Indian journal of veterinary science and animal husbandry - Volume 13,
Year: 1943
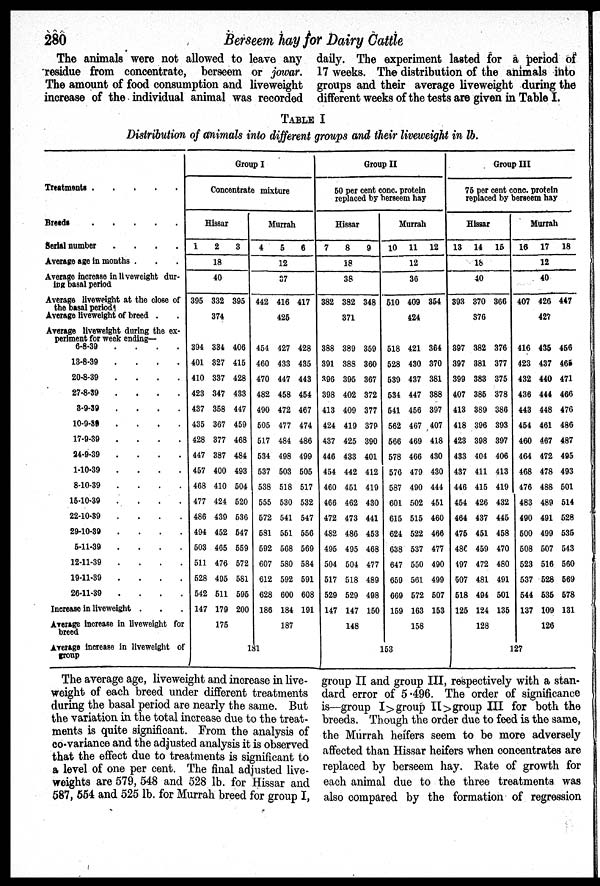
280
Berseem hay for Dairy Cattle
The animals were not allowed to leave any
residue from concentrate, berseem or jowar.
The amount of food consumption and liveweight
increase of the individual animal was recorded
daily. The experiment lasted for a period of
17 weeks. The distribution of the animals into
groups and their average liveweight during the
different weeks of the tests are given in Table I.
TABLE I
Distribution of animals into different groups and their liveweight in lb.
Treatments . . . . . .
Breeds . . . . . .
Serial number
.
.
.
.
Average age in months . . .
Average increase in liveweight dur-
ing basal period
Average liveweight at the close of
the basal period .
Average liveweight of breed . .
Average liveweight during the ex-
periment for week ending—
6-8-39
.
.
.
.
18-8-39
.
.
.
.
20-8-39
.
.
.
.
27-8-39
.
.
.
.
3-9-39
.
.
.
.
10-9-39
.
.
.
.
17-9-39
.
.
.
.
24-9-39
.
.
.
.
1-10-39
.
.
.
.
8-10-39
.
.
.
.
15-10-39
.
.
.
.
22-10-39
.
.
.
.
29-10-39
.
.
.
.
5-11-39
.
12-11-39
.
19-11-39
.
26-11-39
.
.
.
.
Increase in liveweight . . .
Average increase in liveweight for
breed
Average increase in liveweight of
group
Group I
Concentrate mixture
Hissar
1
395
394
401
410
423
437
435
428
447
457
468
477
486
494
503
511
528
542
147
2
18
40
332
374
334
327
337
347
358
367
377
387
400
410
424
439
452
465
476
495
511
179
175
3
395
406
415
428
433
447
459
468
484
493
504
520
536
547
559
572
581
595
200
Murrah
4
442
454
460
470
482
490
505
517
534
537
538
555
572
581
592
607
612
628
186
181
5
12
37
416
425
427
433
447
458
472
477
484
498
503
518
530
541
551
568
580
592
600
184
187
6
417
428
435
443
454
467
474
486
499
505
517
532
547
556
569
584
591
608
191
Group II
50 per cent conc. protein
replaced by berseem hay
Hissar
7
382
388
391
396
398
413
424
437
446
454
460
466
472
482
495
504
517
529
147
8
18
38
382
371
389
388
395
402
409
419
425
433
442
451
462
473
486
495
504
518
529
147
148
9
348
359
360
367
372
377
379
390
401
412
419
430
441
453
468
477
489
498
150
Murrah
10
510
518
528
539
534
541
562
566
578
576
587
601
615
624
638
647
659
669
159
153
11
12
36
409
424
421
430
437
447
456
467
469
466
479
490
502
515
522
537
550
561
572
163
158
12
354
364
370
381
388
397
407
418
430
430
444
451
460
466
477
490
499
507
153
Group III
75 per cent conc. protein
replaced by berseem hay
Hissar
13
393
397
397
399
407
413
418
423
433
437
446
454
464
475
480
497
507
518
125
14
18
40
370
376
382
381
383
385
389
396
398
404
411
415
426
437
451
459
472
481
494
124
128
15
366
376
377
375
378
386
393
397
406
413
419
432
445
458
470
480
491
501
135
Murrah
16
407
416
423
432
436
443
454
460
464
468
476
483
490
500
508
523
537
544
137
127
17
12
40
426
427
435
437
440
444
448
461
467
472
478
488
489
491
499
507
516
528
535
109
126
18
447
456
465
471
466
476
486
487
495
493
501
514
528
535
543
560
569
578
131
The average age, liveweight and increase in live-
weight of each breed under different treatments
during the basal period are nearly the same. But
the variation in the total increase due to the treat-
ments is quite significant. From the analysis of
co-variance and the adjusted analysis it is observed
that the effect due to treatments is significant to
a level of one per cent. The final adjusted live-
weights are 579, 548 and 528 lb. for Hissar and
587, 554 and 525 lb. for Murrah breed for group I,
group II and group III, respectively with a stan-
dard error of 5.496. The order of significance
is—group I> group II> group III for both the
breeds. Though the order due to feed is the same,
the Murrah heifers seem to be more adversely
affected than Hissar heifers when concentrates are
replaced by berseem hay. Rate of growth for
each animal due to the three treatments was
also compared by the formation of regression